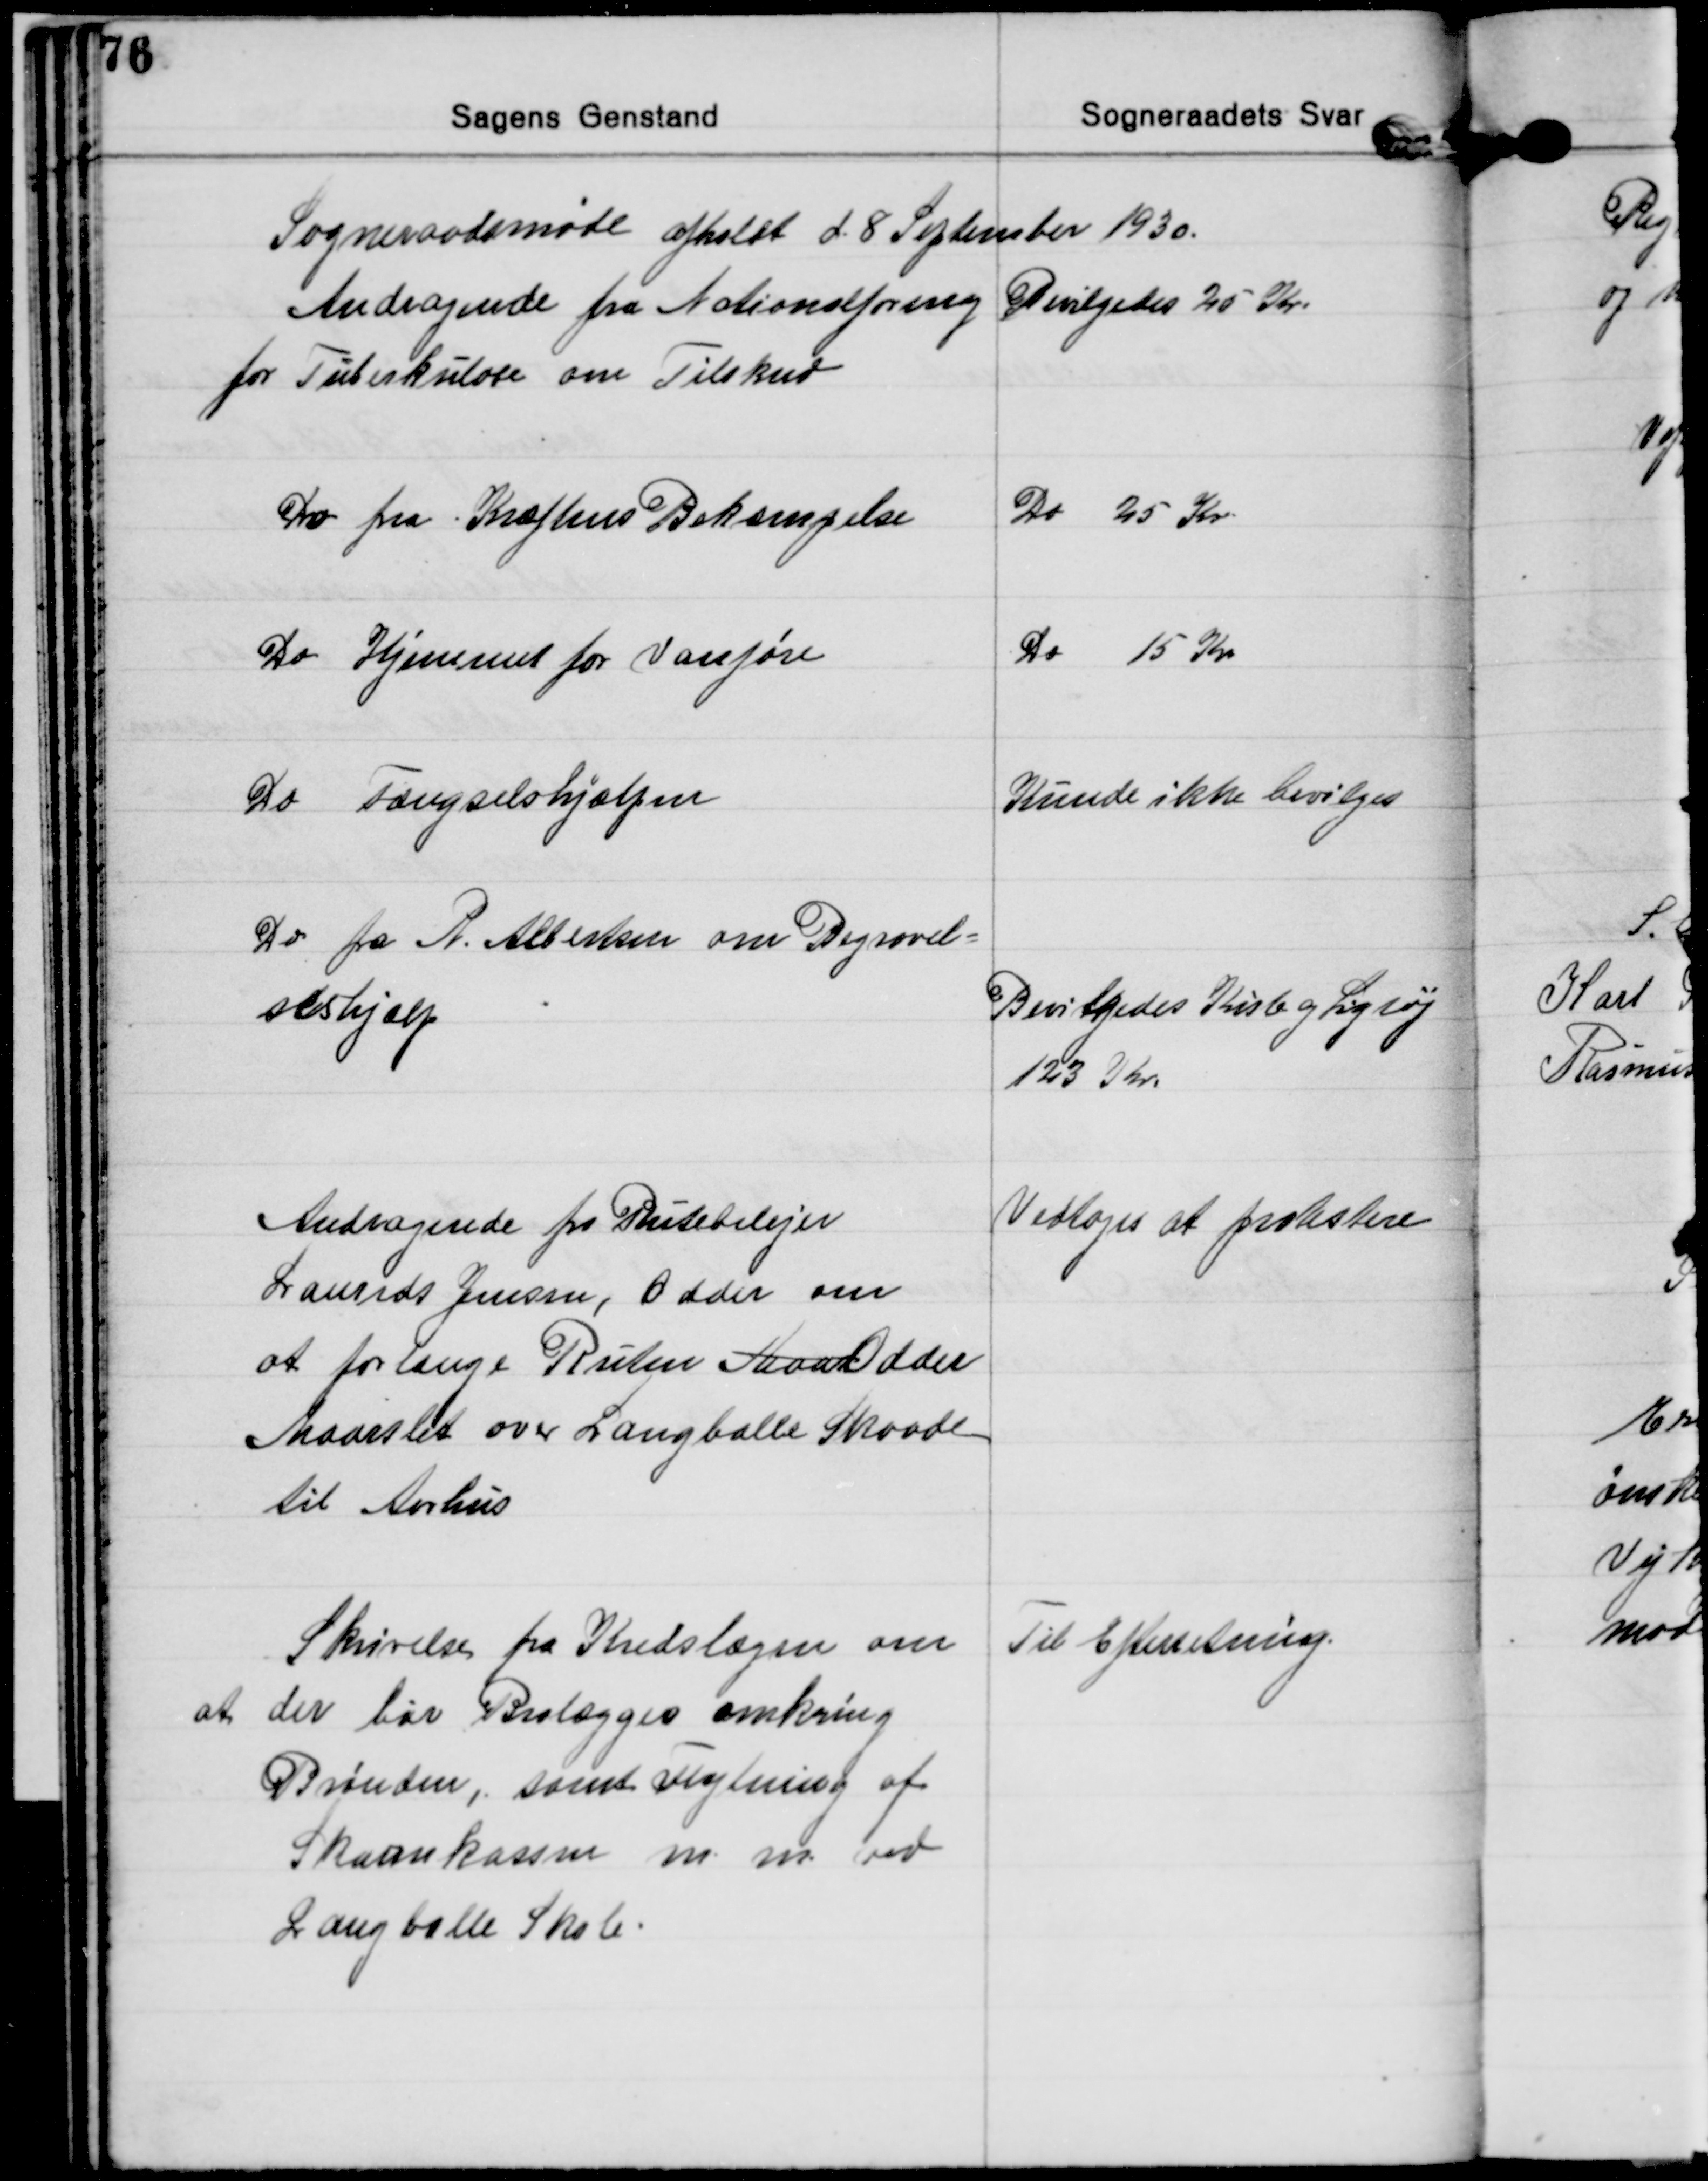
Transskription:
Sogneraadsmøde afholdt d. 8 September 1930.

Andragende fra Nationalforening
for Tuberkulose om Tilskud
Bevilgedes 25 Kr.

Do fra Kræftens Bekæmpelse
Do 25 Kr.
Do Hjemmet for Vanføre
Do 15 Kr
Do Fængselshjælpen
Kunde ikke bevilges

Do fra R. Albertsen om Begravel=
seshjælp
Bevilgedes Kiste og Ligtøj
123 Kr.

Andragende fra Rutebilejer
Laurids Jensen, Odder om
at forlænge Ruten Maar Odder
Maarslet over Langballe Skaade
til Aarhus
Vedtoges at protestere

Skrivelse fra Kredslægen om
at der bør Brolægges omkring
Brønden, samt Flytning af
Skarnkassen m.m. ved
Langballe Skole.
Til Efterretning.